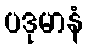
ပဒုမာနံ